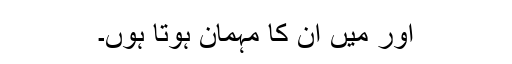
اور میں ان کا مہمان ہوتا ہوں۔